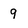
Character: 9